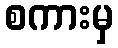
စကားမှ